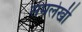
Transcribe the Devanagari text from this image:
समलेखी